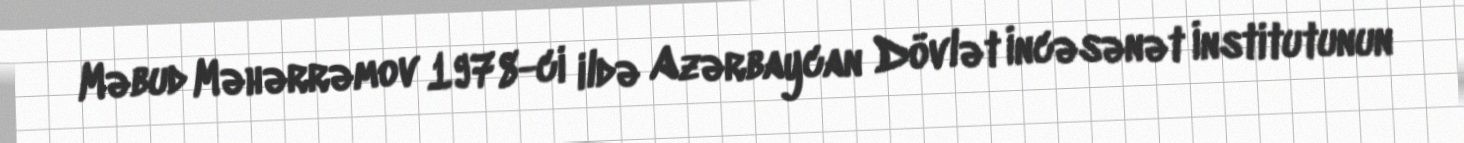
Məbud Məhərrəmov 1978-ci ildə Azərbaycan Dövlət İncəsənət İnstitutunun